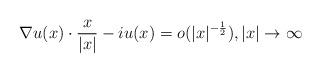
LaTeX: \begin{align*} \nabla u(x)\cdot\frac{x}{|x|}-iu(x)=o(|x|^{-\frac12}),|x|\to\infty \end{align*}